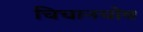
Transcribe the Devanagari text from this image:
चिचानचोब